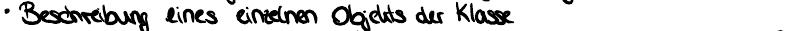
Beschreibung eines einzelnen Objekts der Klasse